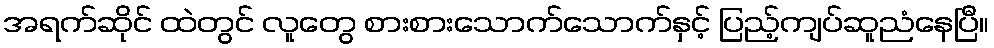
အရက်ဆိုင် ထဲတွင် လူတွေ စားစားသောက်သောက်နှင့် ပြည့်ကျပ်ဆူညံနေပြီ။